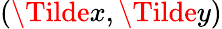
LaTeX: (\Tilde{x},\Tilde{y})